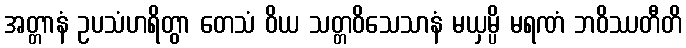
အတ္တာနံ ဥပသံဟရိတွာ တေသံ ဝိယ သတ္တဝိသေသာနံ မယှမ္ပိ မရဏံ ဘဝိဿတီတိ